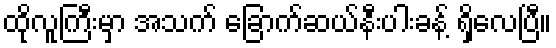
ထိုလူကြီးမှာ အသက် ခြောက်ဆယ်နီးပါးခန့် ရှိလေပြီ။